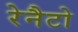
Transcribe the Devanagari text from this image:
रेनैटो